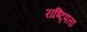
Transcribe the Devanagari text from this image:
राष्ट्पिता